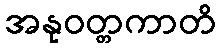
အနုဝတ္တကာတိ